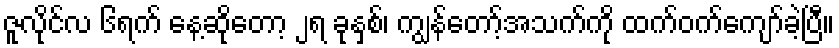
ဇူလိုင်လ ၆ရက် နေ့ဆိုတော့ ၂ရ ခုနှစ်၊ ကျွန်တော့်အသက်ကို ထက်ဝက်ကျော်ခဲ့ပြီ။